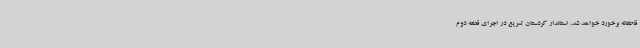
قاطعانه برخورد خواهد شد. استاندار کردستان تسریع در اجرای قطعه دوم